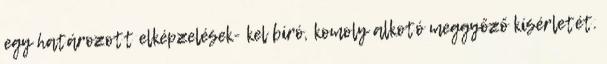
egy határozott elképzelések- kel bíró, komoly alkotó meggyőző kísérletét.